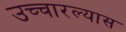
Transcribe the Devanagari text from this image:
उच्चारल्यास